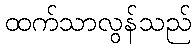
ထက်သာလွန်သည်